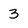
Character: 3